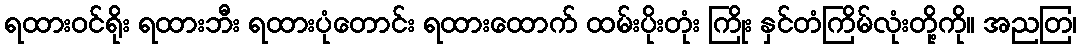
ရထားဝင်ရိုး ရထားဘီး ရထားပုံတောင်း ရထားထောက် ထမ်းပိုးတုံး ကြိုး နှင်တံကြိမ်လုံးတို့ကို။ အညတြ၊